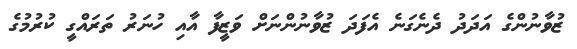
ޒުވާނުންގެ އަދަދު ދެނެގަނެ އެފަދަ ޒުވާނުންނަށް ވަޒީފާ އާއި ހުނަރު ތަރައްގީ ކުރުމުގެ